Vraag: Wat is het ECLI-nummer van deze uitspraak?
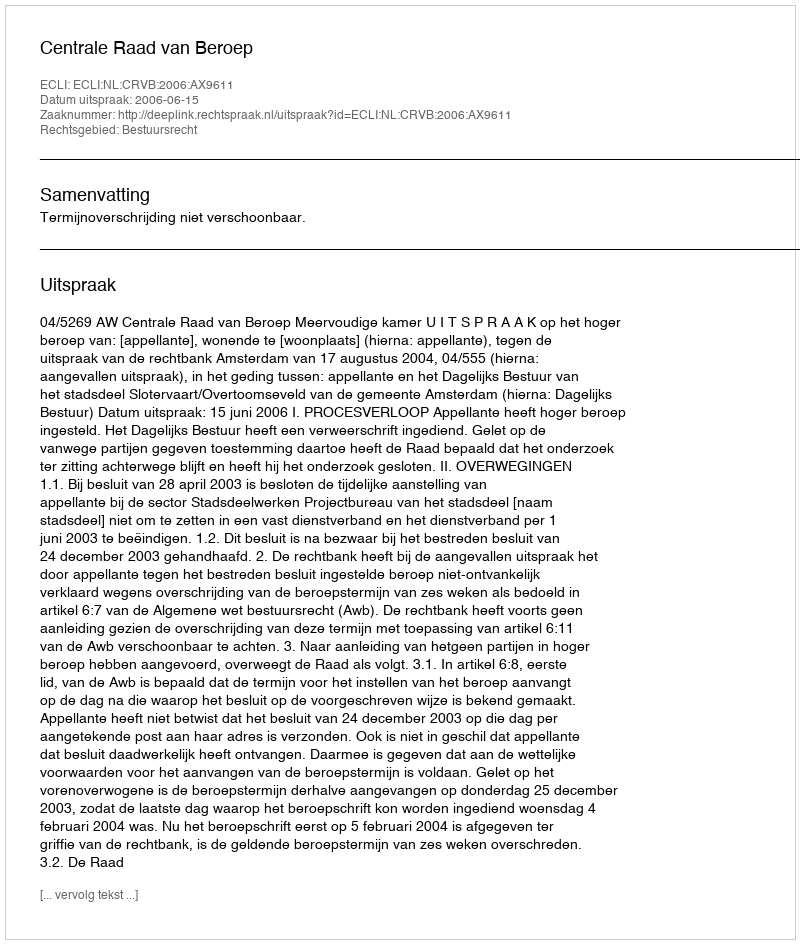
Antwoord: ECLI:NL:CRVB:2006:AX9611